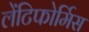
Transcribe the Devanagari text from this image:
लेंटिफोर्मिस